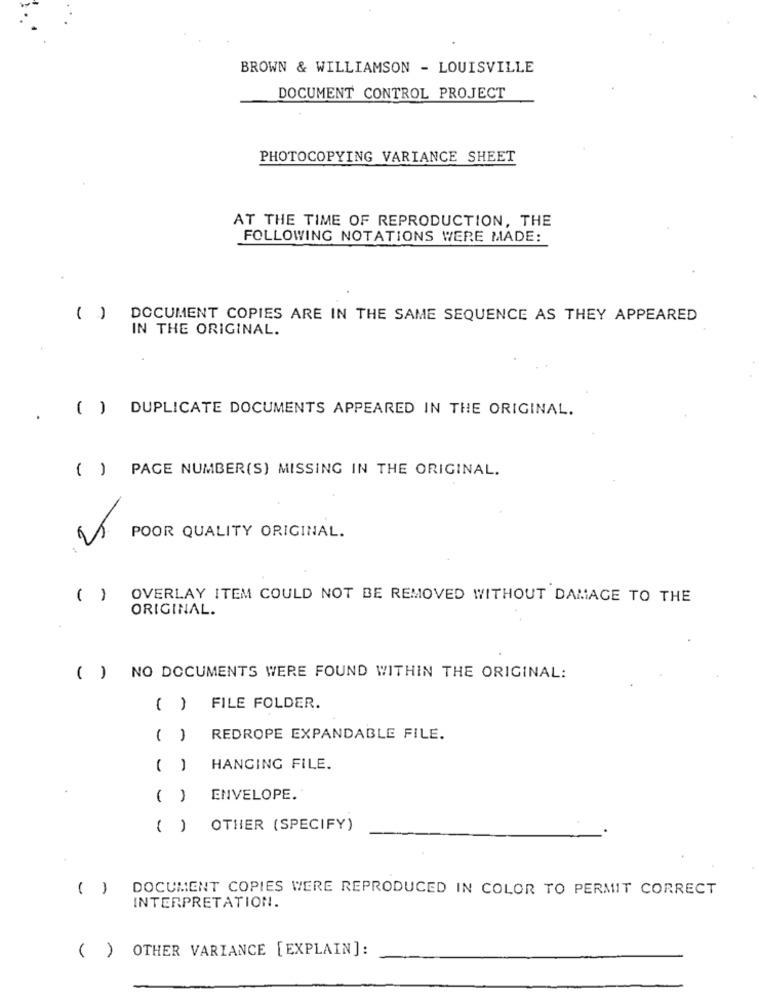
BROWN & WILLIAMSON - LOUISVILLE
DOCUMENT CONTROL PROJECT
PHOTOCOPYING VARIANCE SHEET
AT THE TIME OF REPRODUCTION, THE
FOLLOWING NOTATIONS WERE MADE:
( )
DOCUMENT COPIES ARE IN THE SAME SEQUENCE AS THEY APPEARED
IN THE ORIGINAL.
( ) DUPLICATE DOCUMENTS APPEARED IN THE ORIGINAL.
( ) PAGE NUMBER(S) MISSING IN THE ORIGINAL.
POOR QUALITY ORIGINAL.
( )
OVERLAY ITEM COULD NOT BE REMOVED WITHOUT DAMAGE TO THE
ORIGINAL.
( ) NO DOCUMENTS WERE FOUND WITHIN THE ORIGINAL:
( ) FILE FOLDER.
( ) REDROPE EXPANDABLE FILE.
( )
HANGING FILE.
( )
ENVELOPE.
( ) OTHER (SPECIFY)
( )
DOCUMENT COPIES WERE REPRODUCED IN COLOR TO PERMIT CORRECT
INTERPRETATION.
OTHER VARIANCE [ EXPLAIN]:
( )